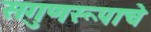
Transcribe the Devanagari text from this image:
सगुणरूपाचे